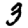
Digit: 3